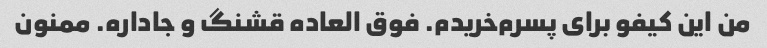
من این کیفو برای پسرم‌خریدم. فوق العاده قشنگ و جاداره. ممنون